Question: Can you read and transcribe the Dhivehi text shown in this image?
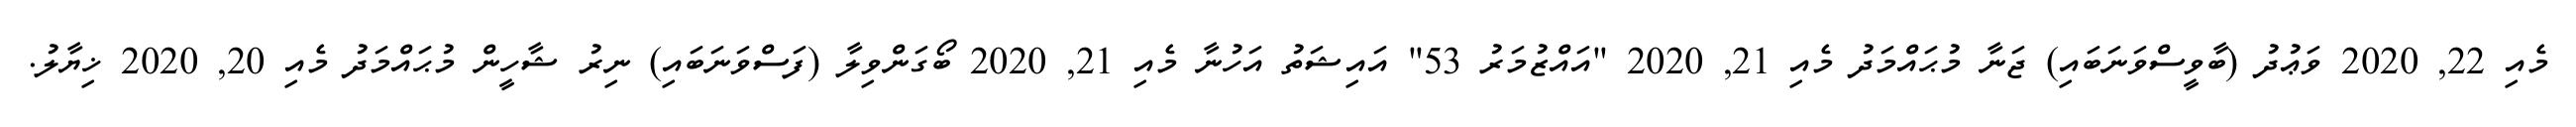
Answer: މެއި 22, 2020 ވަޢުދު (ބާވީސްވަނަބައި) ޖަނާ މުޙައްމަދު މެއި 21, 2020 "އައްޒުމަރު 53" އައިޝަތު އަހުނާ މެއި 21, 2020 ބޯގަންވިލާ (ފަސްވަނަބައި) ނިރު ޝާހީން މުޙައްމަދު މެއި 20, 2020 ޚިޔާލު.